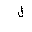
Letter: _lam